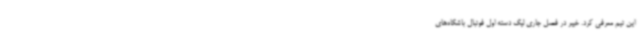
این تیم معرفی کرد. خیبر در فصل جاری لیگ دسته اول فوتبال باشگاه‌های